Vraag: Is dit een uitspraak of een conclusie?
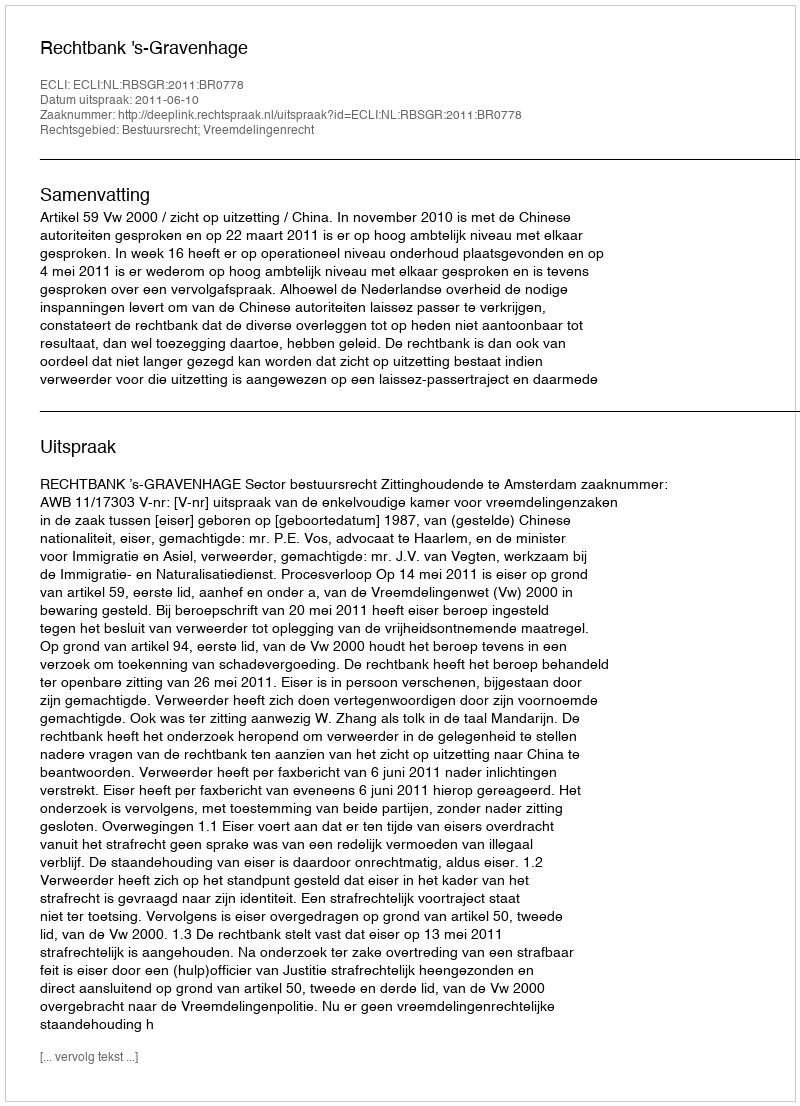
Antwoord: Uitspraak